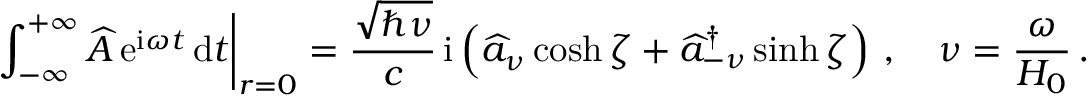
\left. \int _ { - \infty } ^ { + \infty } \widehat { A } \, \mathrm { e } ^ { \mathrm { i } \omega t } \, \mathrm { d } t \right| _ { r = 0 } = \frac { \sqrt { \hbar \nu } } { c } \, \mathrm { i } \left( \widehat { a } _ { \nu } \cosh \zeta + \widehat { a } _ { - \nu } ^ { \dagger } \sinh \zeta \right) \, , \quad \nu = \frac { \omega } { H _ { 0 } } \, .